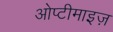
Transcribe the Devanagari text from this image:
ओप्टीमाइज़